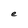
Character: e